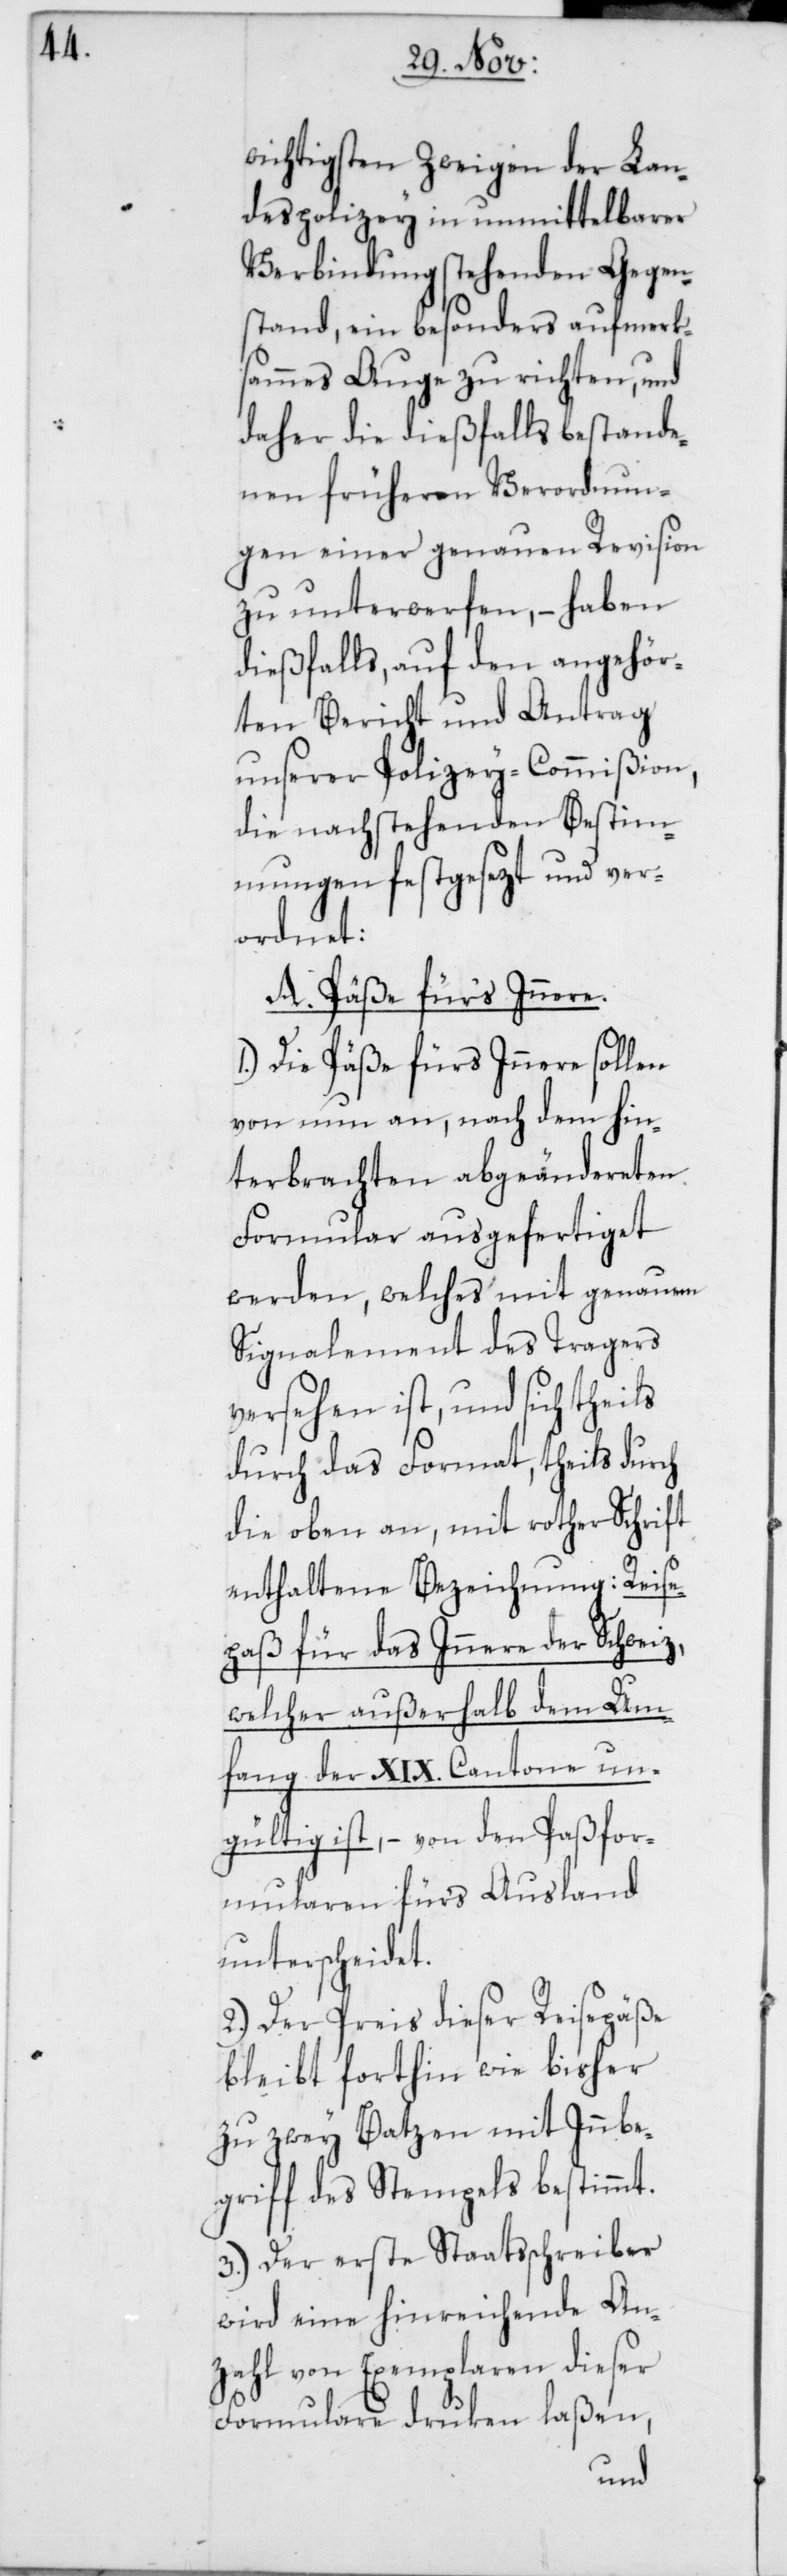
wichtigsten Zweigen der Lan¬
despolizey in unmittelbarer
Verbindung stehenden Gegen¬
stand, ein besonders aufmerk¬
sames Auge zu richten, und
daher die dießfalls bestande¬
nen früheren Verordnun¬
gen einer genauen Revision
zu unterwerfen, – haben
dießfalls, auf den angehör¬
ten Bericht und Antrag
unserer Polizey-Commißion,
die nachstehenden Bestim¬
mungen festgesezt und ver¬
ordnet:
A. Päße fürs Innere.
1.) Die Päße fürs Innere sollen
von nun an, nach dem hin¬
terbrachten abgeändereten
Formular ausgefertiget
werden, welches mit genauem
Signalement des Tragers
versehen ist, und sich theils
durch das Format, theils durch
die oben an, mit rother Schrift
enthaltene Bezeichnung: „Reise¬
paß für das Innere der Schweiz,
welcher außerhalb dem Um¬
fang der XIX Cantone un¬
gültig ist“, – von den Paßfor¬
mularen fürs Ausland
unterscheidet.
2.) Der Preis dieser Reisepäße
bleibt forthin wie bisher
zu zwey Batzen mit Innbe¬
griff des Stempels bestimmt.
3.) Der erste Staatsschreiber
wird eine hinreichende An¬
zahl von Exemplaren dieser
Formulare drucken laßen,